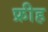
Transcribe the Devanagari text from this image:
फ्रीह